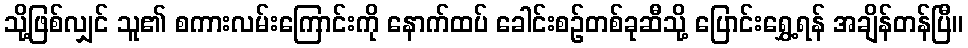
သို့ဖြစ်လျှင် သူ၏ စကားလမ်းကြောင်းကို နောက်ထပ် ခေါင်းစဉ်တစ်ခုဆီသို့ ပြောင်းရွှေ့ရန် အချိန်တန်ပြီ။